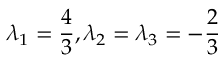
\lambda _ { 1 } = \frac { 4 } { 3 } , \lambda _ { 2 } = \lambda _ { 3 } = - \frac { 2 } { 3 }